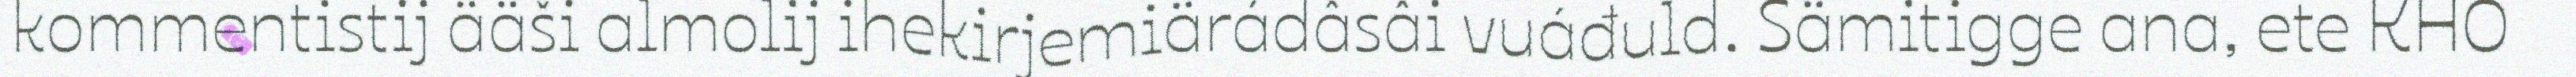
kommentistij ääši almolij ihekirjemiärádâsâi vuáđuld. Sämitigge ana, ete KHO